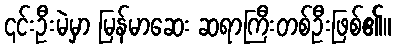
၎င်းဦးမဲမှာ မြန်မာဆေး ဆရာကြီးတစ်ဦးဖြစ်၏။